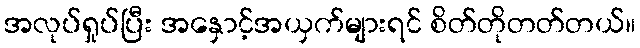
အလုပ်ရှုပ်ပြီး အနှောင့်အယှက်များရင် စိတ်တိုတတ်တယ်။